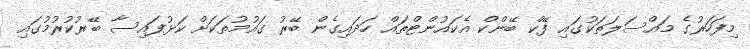
މިފަހަރުގެ މައްސަލަތަކުގައި ފޭކް ބޭންކް އެކައުންޓްތައް ހަދައިގެން ބޭރު ގައުމުތަކަށް ކަޅުފައިސާ ބޭރުކުރުމުގައި